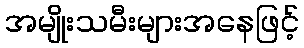
အမျိုးသမီးများအနေဖြင့်